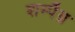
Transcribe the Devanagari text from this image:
शम्पैग्न